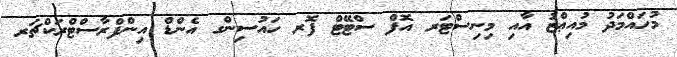
މުހައްމަދު މުއިޢްޒު އާއި މިނިސްޓަރ އޮފް ސްޓޭޓް ފޮރ ހައުސިންގ އެންޑް އިންފްރާސްޓްރަކްޗަރ